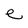
Character: e